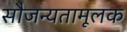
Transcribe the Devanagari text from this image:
सौजन्यतामूलक